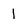
Character: 1